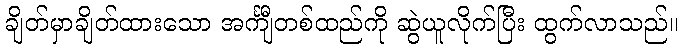
ချိတ်မှာချိတ်ထားသော အင်္ကျီတစ်ထည်ကို ဆွဲယူလိုက်ပြီး ထွက်လာသည်။